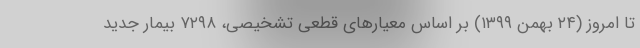
تا امروز (۲۴ بهمن ۱۳۹۹) بر اساس معیارهای قطعی تشخیصی، ۷۲۹۸ بیمار جدید